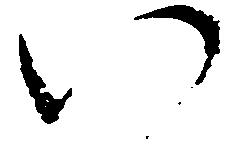
い